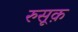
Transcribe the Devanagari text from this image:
रुसूक़